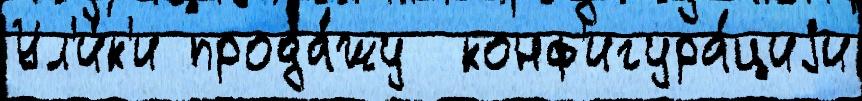
Ул'и́к'и прода́жу  конф'игура́циjи